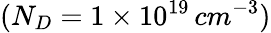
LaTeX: (N_{D}=1\times 10^{19}\, cm^{-3})